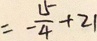
= - \frac { 1 5 } { 4 } + 2 1